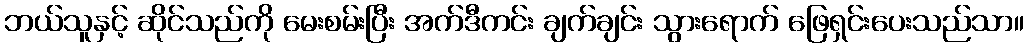
ဘယ်သူနှင့် ဆိုင်သည်ကို မေးစမ်းပြီး အက်ဒီကင်း ချက်ချင်း သွားရောက် ဖြေရှင်းပေးသည်သာ။